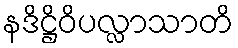
နဒိဋ္ဌိဝိပလ္လာသာတိ